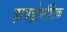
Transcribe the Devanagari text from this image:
हायड्रोस्टॅटिक